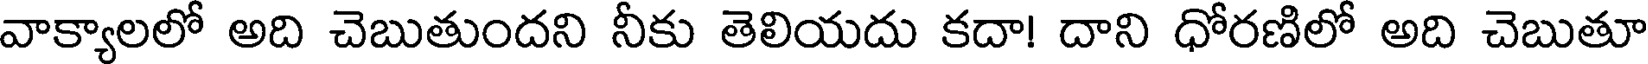
వాక్యాలలో అది చెబుతుందని నీకు తెలియదు కదా! దాని ధోరణిలో అది చెబుతూ